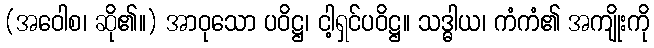
(အဝေါစ၊ ဆို၏။) အာဝုသော ပဝိဋ္ဌ၊ ငါ့ရှင်ပဝိဋ္ဌ။ သဒ္ဓါယ၊ ကံကံ၏ အကျိုးကို